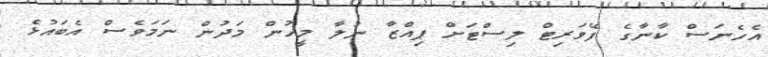
އެހެނަސް ކާނާގެ ފޭވަރިޓް ލިސްޓަށް ޕިއްޒާ ނުލާ މީހުން މަދުން ނަމަވެސް އެބައުޅެ